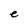
Character: e